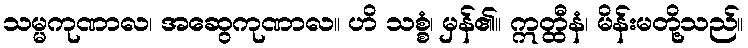
သမ္မကုဏာလ၊ အဆွေကုဏာလ။ ဟိ သစ္စံ၊ မှန်၏။ ဣတ္ထီနံ၊ မိန်းမတို့သည်။